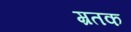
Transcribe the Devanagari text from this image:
म्रतक